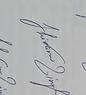
Signature authenticity: genuine